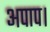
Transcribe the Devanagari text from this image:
अपाप।